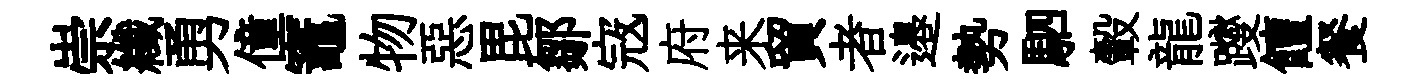
崇纖勇僮竈物惡毘鄒𡨥府来貿者邉勢駟轂龍躞饘餐